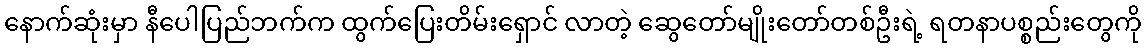
နောက်ဆုံးမှာ နီပေါပြည်ဘက်က ထွက်ပြေးတိမ်းရှောင် လာတဲ့ ဆွေတော်မျိုးတော်တစ်ဦးရဲ့ ရတနာပစ္စည်းတွေကို